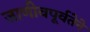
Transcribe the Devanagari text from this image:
जाणीवपूर्वतेने